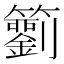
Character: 𥷢